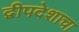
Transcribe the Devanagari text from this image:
द्वीपदेशाचा